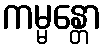
ကမ္မန္တော